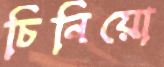
চিনিয়ো